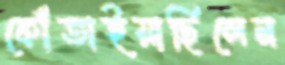
কোঁতাইয়াছিলেন